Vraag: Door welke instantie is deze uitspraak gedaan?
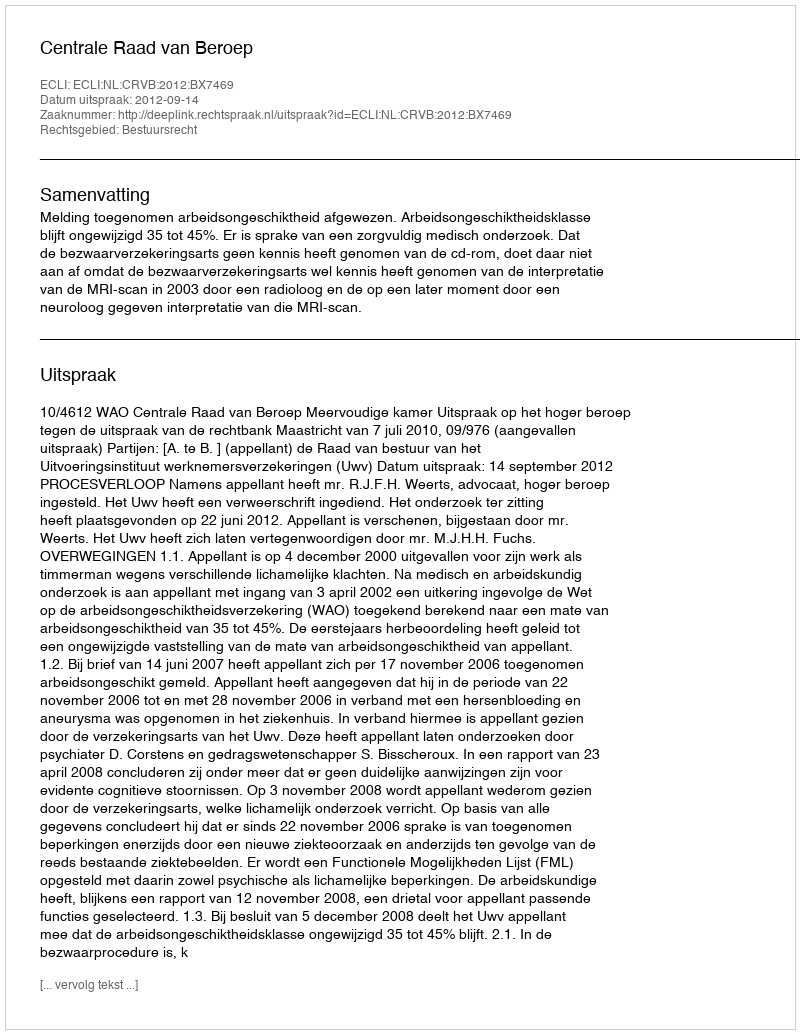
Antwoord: Centrale Raad van Beroep